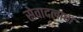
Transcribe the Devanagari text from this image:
सेवादलाचा